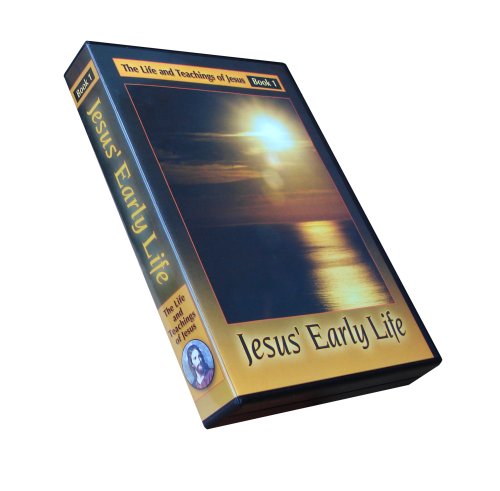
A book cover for The Urantia Book Part IV: Jesus' Early Life - Book 1; Divine Counselor et al; Religion & Spirituality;